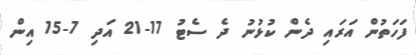
ފަހަތުން އަރައި ދެން ކުޅުނު ދެ ސެޓު 17-21 އަދި 7-15 އިން